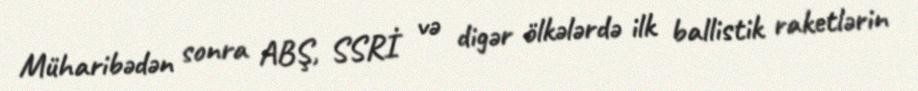
Müharibədən sonra ABŞ, SSRİ və digər ölkələrdə ilk ballistik raketlərin